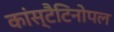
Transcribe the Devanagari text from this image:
कांस्टैटिनोपल